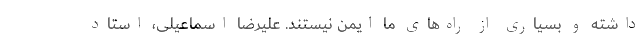
داشته و بسیاری از راه‌های ما ایمن نیستند. علیرضا اسماعیلی، استاد